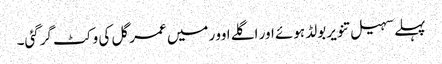
پہلے سہیل تنویر بولڈ ہوئے اور اگلے اوور میں عمر گل کی وکٹ گرگئی۔